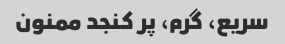
سریع، گرم، پر کنجد ممنون